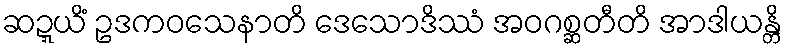
ဆဍ္ဍယိံ ဥဒကဝသေနာတိ ဒေသောဒိဿံ အဝဂစ္ဆတီတိ အာဒါယန္တိ